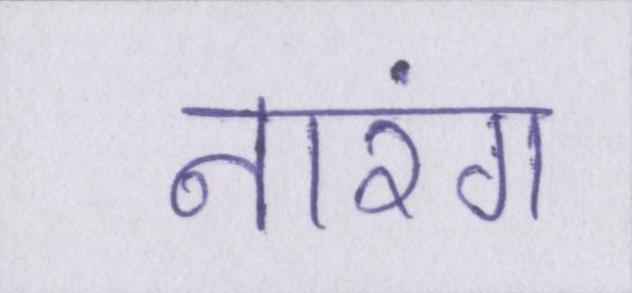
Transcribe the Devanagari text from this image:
नारंग